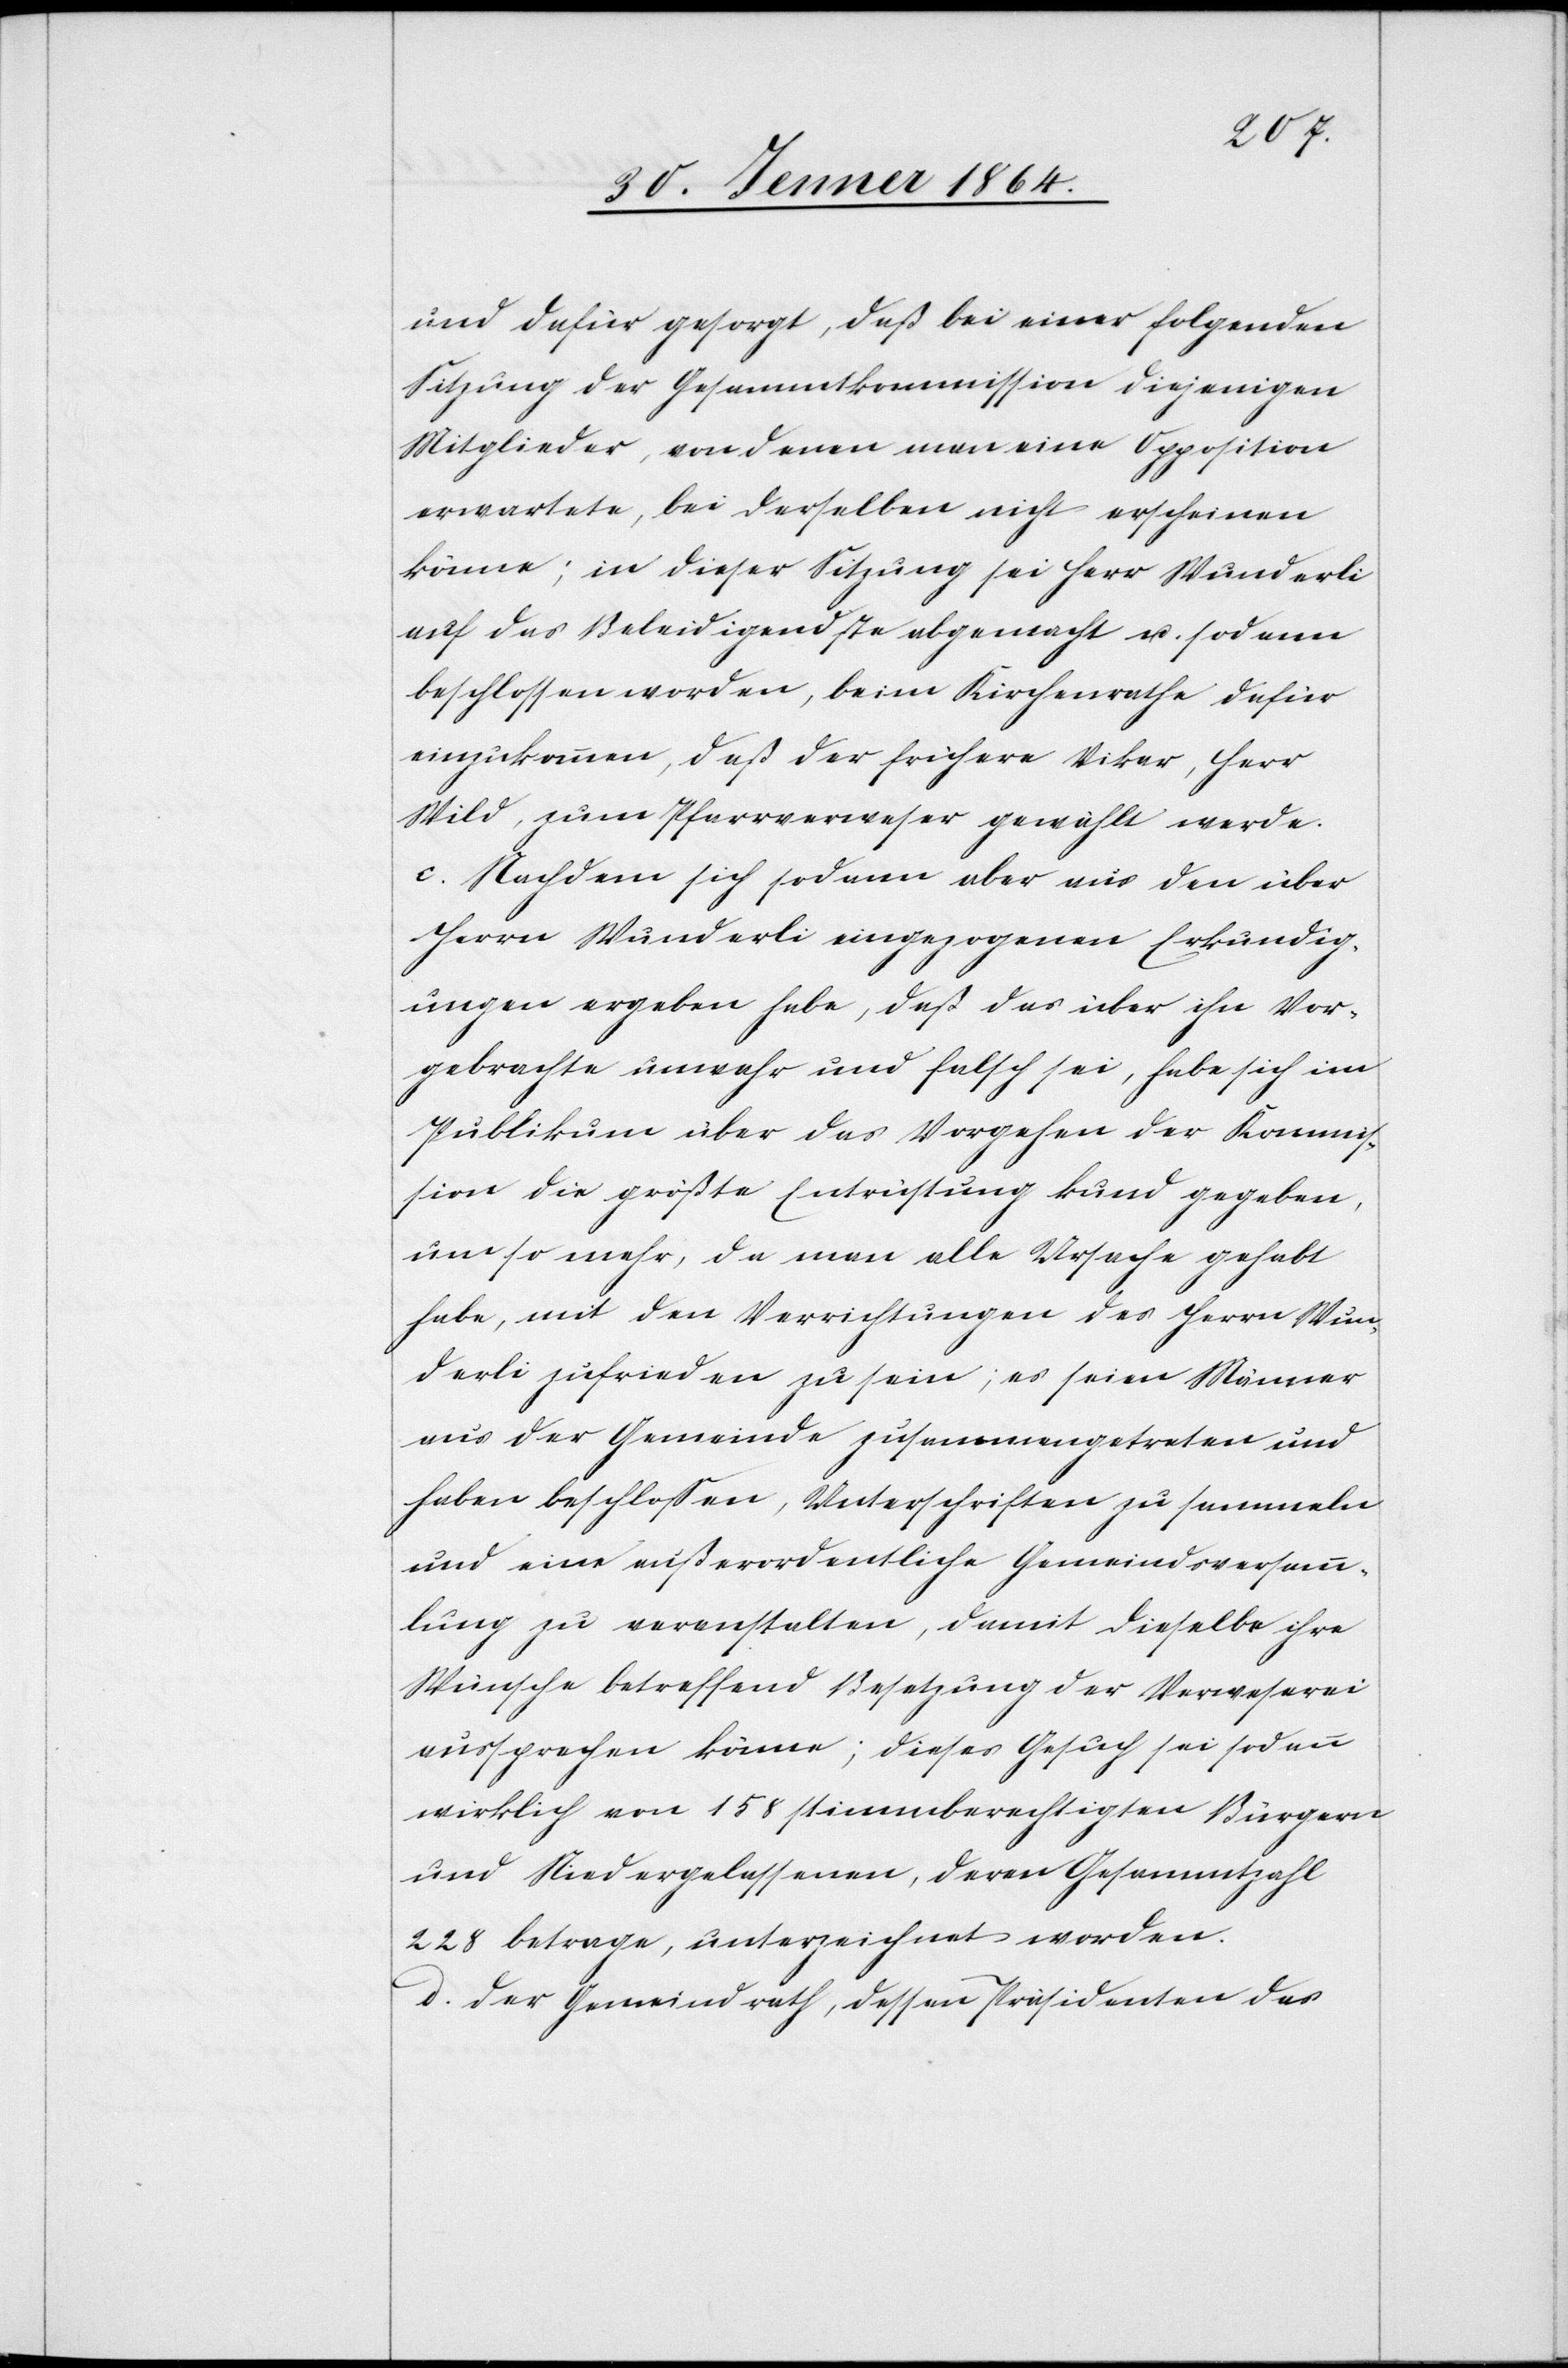
und dafür gesorgt, daß bei einer folgenden
Sitzung der Gesammtkommission diejenigen
Mitglieder, von denen man eine Opposition
erwartete, bei derselben nicht erscheinen
könne; in dieser Sitzung sei Herr Wunderli
auf das Beleidigendste abgemacht u. sodann
beschlossen worden, beim Kirchenrathe dafür
einzukommen, daß der frühere Vikar, Herr
Wild, zum Pfarrverweser gewählt werde.
c.) Nachdem sich sodann aber aus den über
Herrn Wunderli eingezogenen Erkundig¬
ungen ergeben habe, daß das über ihn Vor¬
gebrachte unwahr und falsch sei, habe sich im
Publikum über das Vorgehen der Kommis¬
sion die größte Entrüstung kund gegeben,
um so mehr, da man alle Ursache gehabt
habe, mit den Verrichtungen des Herrn Wun¬
derli zufrieden zu sein; es seien Männer
aus der Gemeinde zusammengetreten und
haben beschlossen, Unterschriften zu sammeln
und eine außerordentliche Gemeindsversamm¬
lung zu veranstalten, damit dieselbe ihre
Wünsche betreffend Besetzung der Verweserei
aussprechen könne; dieses Gesuch sei sodann
wirklich von 158 stimmberechtigten Bürgern
und Niedergelassenen, deren Gesammtzahl
228 betrage, unterzeichnet worden.
d.) Der Gemeindrath, dessen Präsidenten das